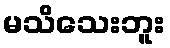
မသိသေးဘူး